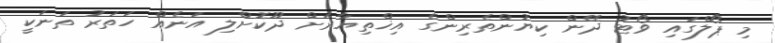
މި ޕޯލްގައި ވޯޓު ދޭން ކިޔުންތެރިންގެ އިޚްތިޔާރަށް ދޫކޮށްލި އަނެއް ހަތަރު ތަނަކީ